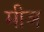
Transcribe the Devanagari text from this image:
मीञ